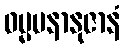
ဓမ္မမနာနုဇာနံ